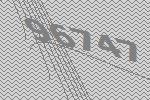
96747